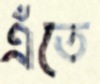
এঁতে